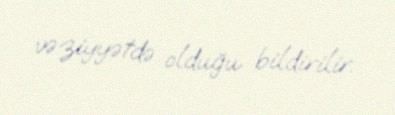
vəziyyətdə olduğu bildirilir.